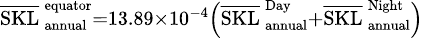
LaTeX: \scriptstyle\overline{{\mathrm{SKL}}}_{\, \mathrm{annual}}^{\, \mathrm{equator}}=13.89\times 10^{-4}\left(\overline{{\mathrm{SKL}}}_{\, \mathrm{annual}}^{\, \mathrm{Day}}+\overline{{\mathrm{SKL}}}_{\, \mathrm{annual}}^{\, \mathrm{Night}}\right)